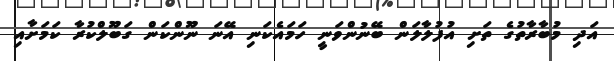
އަދި މުބާރާތުގެ ތަށި އުފުލާލަން ބޭނުންވަނީ ހަމައެކަނި އޭނަ ނޫންކަން ގަބޫލްކުރާ ކަމަށާއި